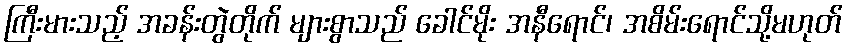
ကြီးမားသည့် အခန်းတွဲတိုက် များစွာသည် ခေါင်မိုး အနီရောင်၊ အစိမ်းရောင်သို့မဟုတ်